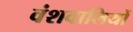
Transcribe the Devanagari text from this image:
वंशवालियों